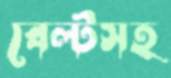
বেল্টসহ